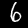
Label: 6